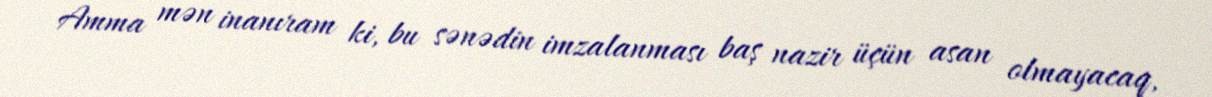
Amma mən inanıram ki, bu sənədin imzalanması baş nazir üçün asan olmayacaq,